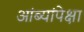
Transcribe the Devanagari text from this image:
आंब्यांपेक्षा